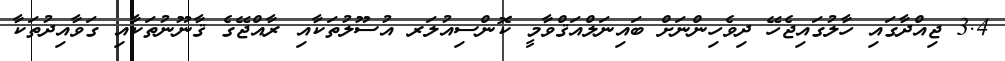
3.4 ޖިއްދާގައި ހާލުގައިޖެހޭ ދިވެހިންނަށް ބައިނަލްއަޤްވާމީ ކޮންސިއުލަރ އުސޫލުތަކާއި ރާއްޖޭގެ ޤާނޫނުތަކާއި ގަވާއިދުތަކާ